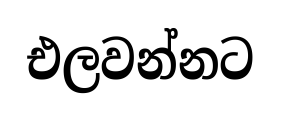
එලවන්නට